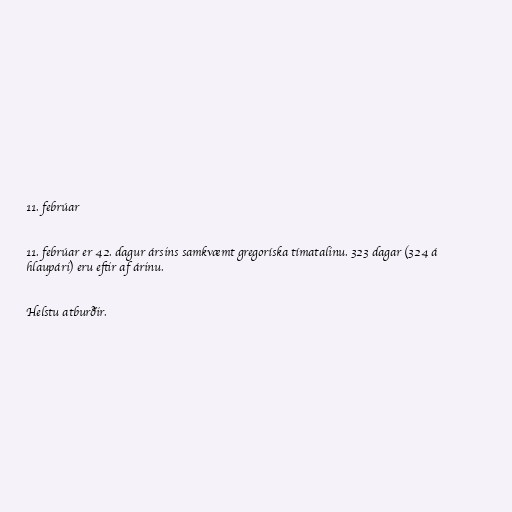
11. febrúar

11. febrúar er 42. dagur ársins samkvæmt gregoríska tímatalinu. 323 dagar (324 á
hlaupári) eru eftir af árinu.

Helstu atburðir.